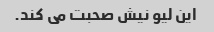
این لیو نیش صحبت می کند.